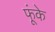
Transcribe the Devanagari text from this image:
फूंके